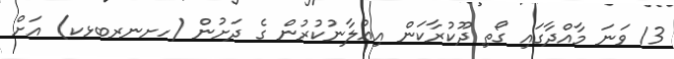
13 ވަނަ މާއްދާގައި ގޯތި ދޫކުރާކަން އިޢުލާނުކުރުން ގެ ދަށުން (ހށނރބޅކ) އަށް